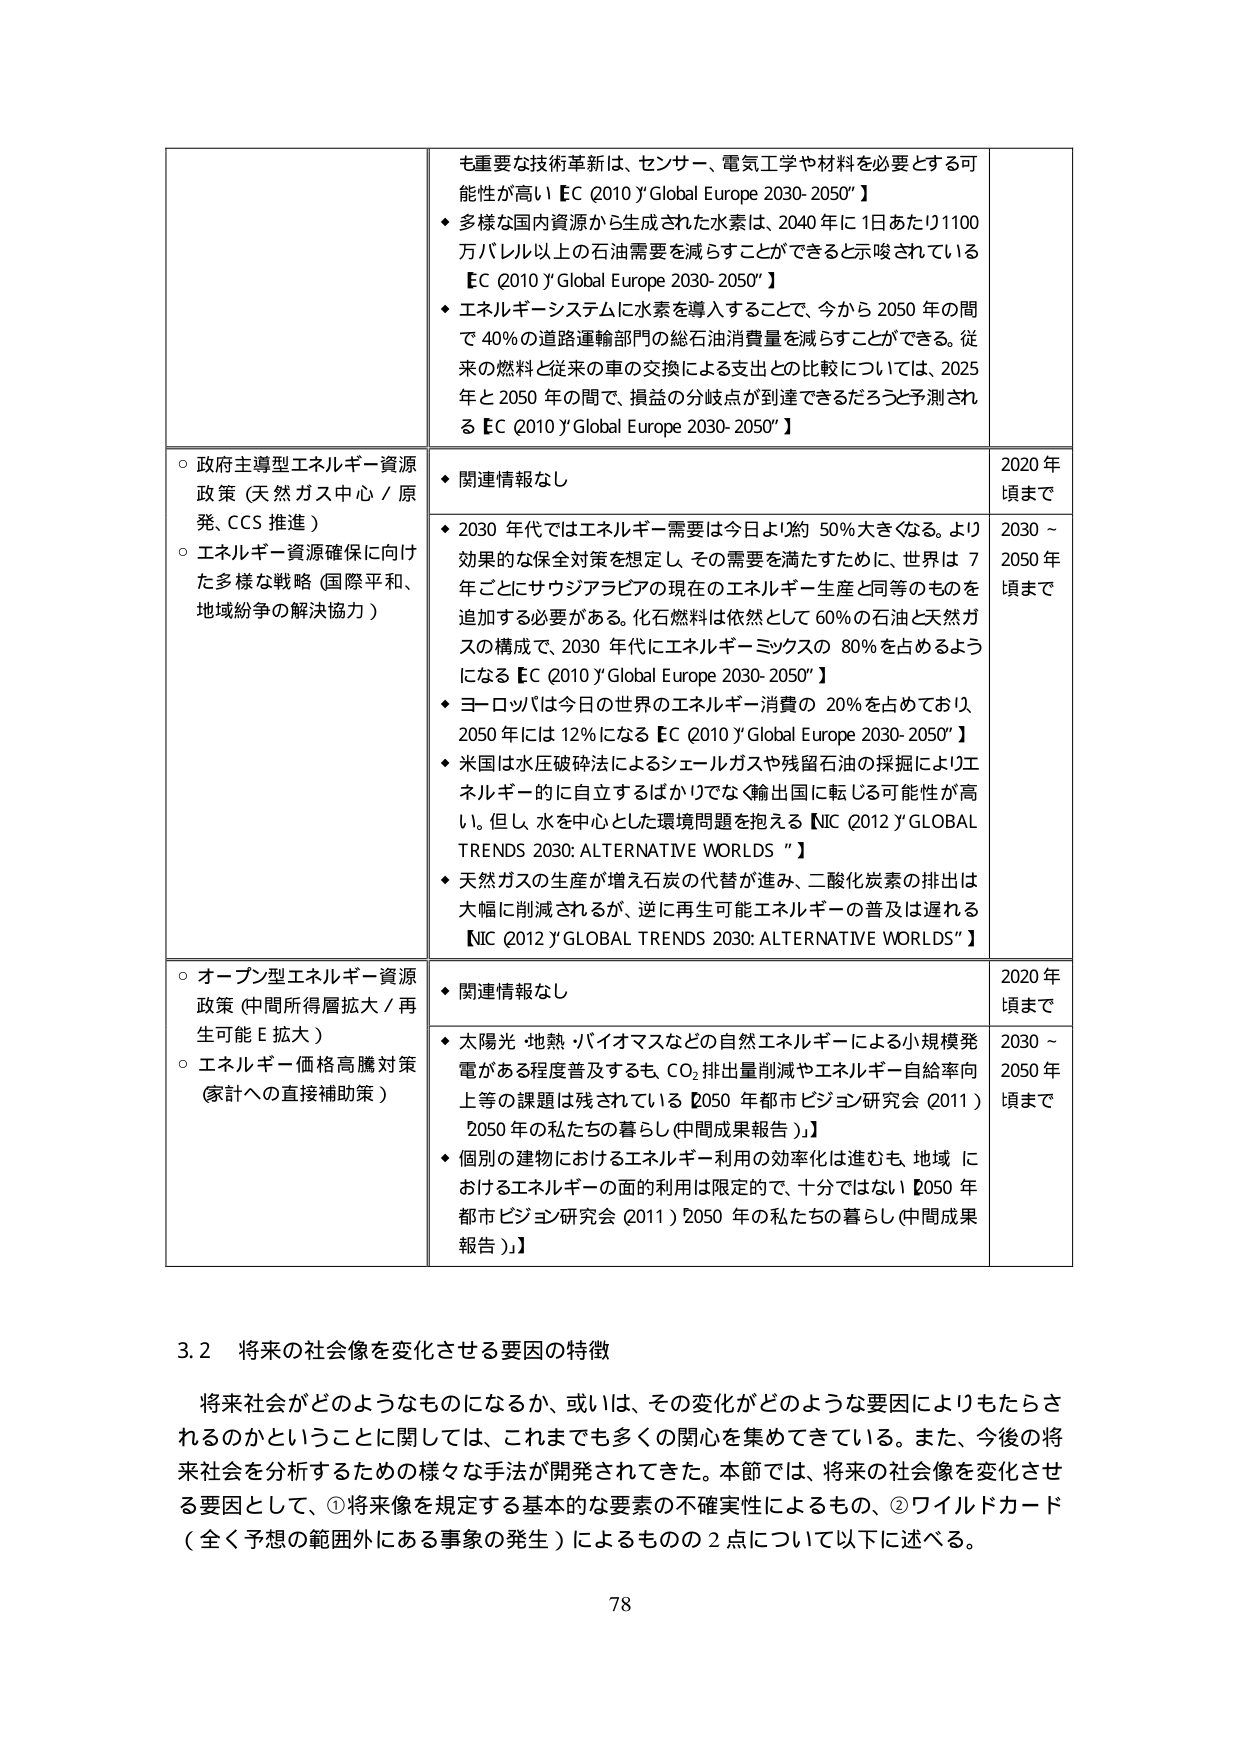
も重要な技術革新は、センサー、電気工学や材料を必要とする可能性が高い【EC Q2010 "Global Europe 2030-2050"】
◆ 多様な国内資源から生成された水素は、2040年に1日あたり1100万バレル以上の石油需要を減らすことができると言唆されている【EC Q2010 "Global Europe 2030-2050"】
◆ エネルギーシステムに水素を導入することで、今から2050年の間で40%の道路運輸部門の総石油消費量を減らすことができる。従来の燃料と従来の車の交換による支出との比較については、2025年と2050年の間で、損益の分岐点が到達できるだろうと予測される【EC Q2010 "Global Europe 2030-2050"】

○ 政府主導型エネルギー資源政策（天然ガス中心／原発、CCS推進）
○ エネルギー資源確保に向けた多様な戦略（国際平和、地域紛争の解決協力）
◆ 関連情報なし
2020年頃まで
◆ 2030年代ではエネルギー需要は今日より約50%大きくなる。より効果的な保全対策を想定し、その需要を満たすために、世界は7年ごとにサウジアラビアの現在のエネルギー生産と同等のものを追加する必要がある。化石燃料は依然として60%の石油と天然ガスの構成で、2030年にエネルギーミックスの80%を占めるようになる【EC Q2010 "Global Europe 2030-2050"】
◆ ヨーロッパは今日の世界のエネルギー消費の20%を占めており、2050年には12%になる【EC Q2010 "Global Europe 2030-2050"】
◆ 米国は水圧破砕法によるシェールガスや残留石油の採掘によりエネルギー的に自立するばかりでなく輸出国に転じる可能性が高い。但し、水を中心とした環境問題を抱える【NIC Q2012 "GLOBAL TRENDS 2030: ALTERNATIVE WORLDS"】
◆ 天然ガスの生産が増え石炭の代替が進み、二酸化炭素の排出は大幅に削減されるが、逆に再生可能エネルギーの普及は遅れる【NIC Q2012 "GLOBAL TRENDS 2030: ALTERNATIVE WORLDS"】
2030～2050年頃まで

○ オープン型エネルギー資源政策（中間所得層拡大／再生可能E拡大）
○ エネルギー価格高騰対策（家計への直接補助策）
◆ 関連情報なし
2020年頃まで
◆ 太陽光・地熱・バイオマスなどの自然エネルギーによる小規模発電がある程度普及するも、CO₂排出量削減やエネルギー自給率向上等の課題は残されている【2050年都市ビジョン研究会 Q2011）2050年の私たちの暮らし（中間成果報告）】
◆ 個別の建物におけるエネルギー利用の効率化は進むも、地域におけるエネルギーの面的利用は限定的で、十分ではない【2050年都市ビジョン研究会 Q2011）2050年の私たちの暮らし（中間成果報告）】
2030～2050年頃まで

3.2 将来の社会像を変化させる要因の特徴
将来社会がどのようなものになるか、或いは、その変化がどのような要因によりもたらされるのかということに関しては、これまでも多くの関心を集めてきている。また、今後の将来社会を分析するための様々な手法が開発されてきた。本節では、将来の社会像を変化させる要因として、①将来像を規定する基本的な要素の不確実性によるもの、②ワイルドカード（全く予想の範囲外にある事象の発生）によるものの2点について以下に述べる。

78